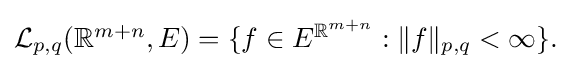
{\textstyle {\mathcal {L}}_{p,q}(\mathbb {R} ^{m+n},E)=\{f\in E^{\mathbb {R} ^{m+n}}:\|f\|_{p,q}<\infty \}.}